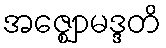
အဇ္ဈောမဒ္ဒတိ